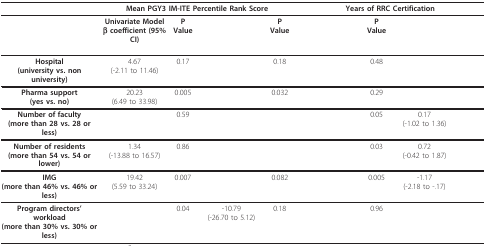
<table><thead><tr><td>[EMPTY_CELL]</td><td colspan="4"><b>Mean PGY3 IM-ITE Percentile Rank Score</b></td><td colspan="4"><b>Years of RRC Certification</b></td></tr></thead><tbody><tr><td>[EMPTY_CELL]</td><td><b>Univariate Model</b><b>β coefficient (95% CI)</b></td><td><b>P Value</b></td><td>[EMPTY_CELL]</td><td><b>P Value</b></td><td>[EMPTY_CELL]</td><td><b>P Value</b></td><td>[EMPTY_CELL]</td><td>[EMPTY_CELL]</td></tr><tr><td><b>Hospital</b><b>(university vs. non university)</b></td><td>4.67(-2.11 to 11.46)</td><td>0.17</td><td>[EMPTY_CELL]</td><td>0.18</td><td>[EMPTY_CELL]</td><td>0.48</td><td>[EMPTY_CELL]</td><td>[EMPTY_CELL]</td></tr><tr><td><b>Pharma support</b><b>(yes vs. no)</b></td><td>20.23(6.49 to 33.98)</td><td>0.005</td><td>[EMPTY_CELL]</td><td>0.032</td><td>[EMPTY_CELL]</td><td>0.29</td><td>[EMPTY_CELL]</td><td>[EMPTY_CELL]</td></tr><tr><td><b>Number of faculty</b><b>(more than 28 vs. 28 or less)</b></td><td>[EMPTY_CELL]</td><td>0.59</td><td>[EMPTY_CELL]</td><td>[EMPTY_CELL]</td><td>[EMPTY_CELL]</td><td>0.05</td><td>0.17(-1.02 to 1.36)</td><td>[EMPTY_CELL]</td></tr><tr><td><b>Number of residents</b><b>(more than 54 vs. 54 or lower)</b></td><td>1.34(-13.88 to 16.57)</td><td>0.86</td><td>[EMPTY_CELL]</td><td>[EMPTY_CELL]</td><td>[EMPTY_CELL]</td><td>0.03</td><td>0.72(-0.42 to 1.87)</td><td>[EMPTY_CELL]</td></tr><tr><td><b>IMG</b><b>(more than 46% vs. 46% or less)</b></td><td>19.42(5.59 to 33.24)</td><td>0.007</td><td>[EMPTY_CELL]</td><td>0.082</td><td>[EMPTY_CELL]</td><td>0.005</td><td>-1.17(-2.18 to -.17)</td><td>[EMPTY_CELL]</td></tr><tr><td><b>Program directors' workload</b><b>(more than 30% vs. 30% or less)</b></td><td>[EMPTY_CELL]</td><td>0.04</td><td>-10.79(-26.70 to 5.12)</td><td>0.18</td><td>[EMPTY_CELL]</td><td>0.96</td><td>[EMPTY_CELL]</td><td>[EMPTY_CELL]</td></tr></tbody></table>